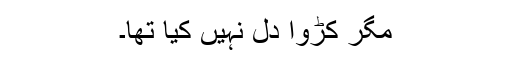
مگر کڑوا دل نہیں کیا تھا۔